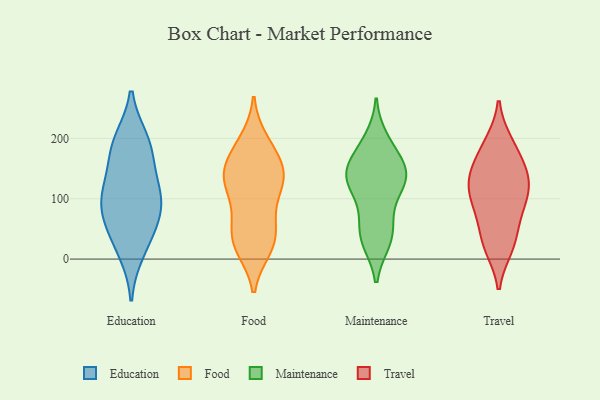
{"axis": {"x": "Bounce Rate (%)", "y": "Value"}, "legend": ["Education", "Food", "Maintenance", "Travel"], "data": [{"x": "", "y": 111, "type": "Education"}, {"x": "", "y": 175, "type": "Education"}, {"x": "", "y": 110, "type": "Education"}, {"x": "", "y": 188, "type": "Education"}, {"x": "", "y": 74, "type": "Education"}, {"x": "", "y": 14, "type": "Education"}, {"x": "", "y": 195, "type": "Education"}, {"x": "", "y": 72, "type": "Education"}, {"x": "", "y": 41, "type": "Education"}, {"x": "", "y": 111, "type": "Education"}, {"x": "", "y": 146, "type": "Food"}, {"x": "", "y": 188, "type": "Food"}, {"x": "", "y": 196, "type": "Food"}, {"x": "", "y": 135, "type": "Food"}, {"x": "", "y": 130, "type": "Food"}, {"x": "", "y": 69, "type": "Food"}, {"x": "", "y": 123, "type": "Food"}, {"x": "", "y": 130, "type": "Food"}, {"x": "", "y": 157, "type": "Food"}, {"x": "", "y": 172, "type": "Food"}, {"x": "", "y": 39, "type": "Food"}, {"x": "", "y": 44, "type": "Food"}, {"x": "", "y": 20, "type": "Food"}, {"x": "", "y": 23, "type": "Food"}, {"x": "", "y": 78, "type": "Food"}, {"x": "", "y": 18, "type": "Food"}, {"x": "", "y": 124, "type": "Food"}, {"x": "", "y": 161, "type": "Maintenance"}, {"x": "", "y": 187, "type": "Maintenance"}, {"x": "", "y": 34, "type": "Maintenance"}, {"x": "", "y": 82, "type": "Maintenance"}, {"x": "", "y": 35, "type": "Maintenance"}, {"x": "", "y": 131, "type": "Maintenance"}, {"x": "", "y": 30, "type": "Maintenance"}, {"x": "", "y": 115, "type": "Maintenance"}, {"x": "", "y": 198, "type": "Maintenance"}, {"x": "", "y": 136, "type": "Maintenance"}, {"x": "", "y": 134, "type": "Maintenance"}, {"x": "", "y": 57, "type": "Maintenance"}, {"x": "", "y": 157, "type": "Maintenance"}, {"x": "", "y": 139, "type": "Maintenance"}, {"x": "", "y": 135, "type": "Maintenance"}, {"x": "", "y": 145, "type": "Travel"}, {"x": "", "y": 59, "type": "Travel"}, {"x": "", "y": 149, "type": "Travel"}, {"x": "", "y": 19, "type": "Travel"}, {"x": "", "y": 92, "type": "Travel"}, {"x": "", "y": 123, "type": "Travel"}, {"x": "", "y": 74, "type": "Travel"}, {"x": "", "y": 27, "type": "Travel"}, {"x": "", "y": 193, "type": "Travel"}, {"x": "", "y": 192, "type": "Travel"}, {"x": "", "y": 22, "type": "Travel"}, {"x": "", "y": 138, "type": "Travel"}, {"x": "", "y": 122, "type": "Travel"}, {"x": "", "y": 166, "type": "Travel"}, {"x": "", "y": 106, "type": "Travel"}, {"x": "", "y": 100, "type": "Travel"}]}